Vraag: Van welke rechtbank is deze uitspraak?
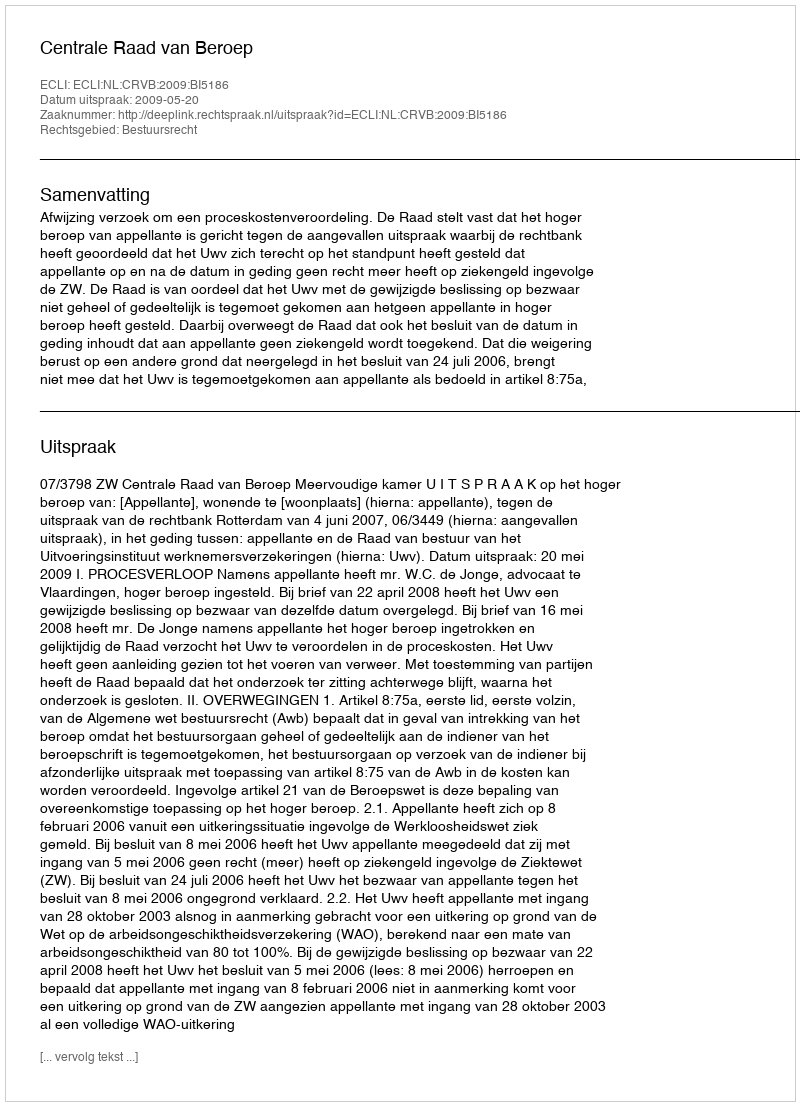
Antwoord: Centrale Raad van Beroep